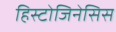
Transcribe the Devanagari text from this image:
हिस्टोजिनेसिस